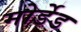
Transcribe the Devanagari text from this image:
मोर्डेड